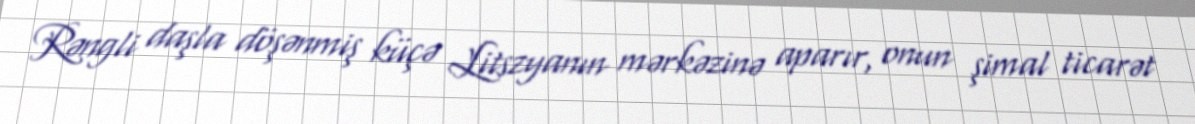
Rəngli daşla döşənmiş küçə Litszyanın mərkəzinə aparır, onun şimal ticarət